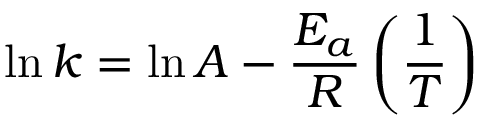
\ln { k } = \ln { A } - \frac { E _ { a } } { R } \left( \frac { 1 } { T } \right)